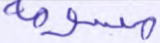
مسومة